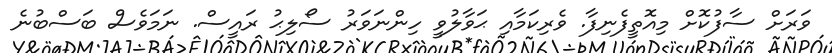
ވަރަށް ސާފުކޮށް މިއޮތީފެނިފާ. ވެރިކަމާއި ޙަވާލުވީ ހިންނަވަރު ސޯލިޙު ރައީސް. ނަމަވެސް ބަސްބުނެ